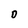
Character: D